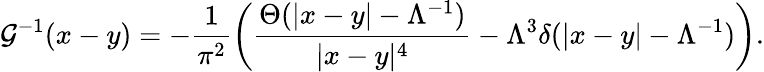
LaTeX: \mathcal{G}^{-1}(x-y)=-\frac{{1}}{{\pi^{2}}}\left(\frac{{\Theta(|x-y|-\Lambda^{-1})}}{{|x-y|^{4}}}-\Lambda^{3}\delta(|x-y|-\Lambda^{-1})\right).